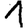
Digit: 1